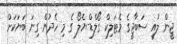
ޖީން ލުއީ ސަބާޖީގެ މެޓަލިކް ގޯލްޑް-ޔެލޯ ގެ މި ހެދުން ގިނަ ބަޔަކަށް